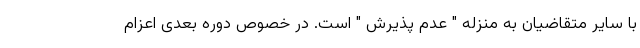
با سایر متقاضیان به منزله " عدم پذیرش " است. در خصوص دوره بعدی اعزام